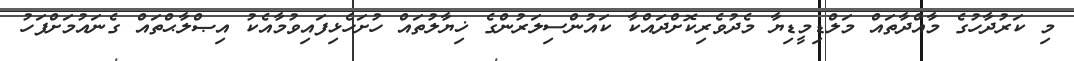
މި ކަރުދާހުގެ މާއްދާތައް މަލްޑިމީޑިޔާ މެދުވެރިކޮށްދައްކާ ކައުންސިލަރުންގެ ޚިޔާލުތައް ހުށަހެޅިފައިވުމާއެކު އިޞްލާޙްތައް ގެނައުމަށްފަހު